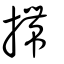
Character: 摕